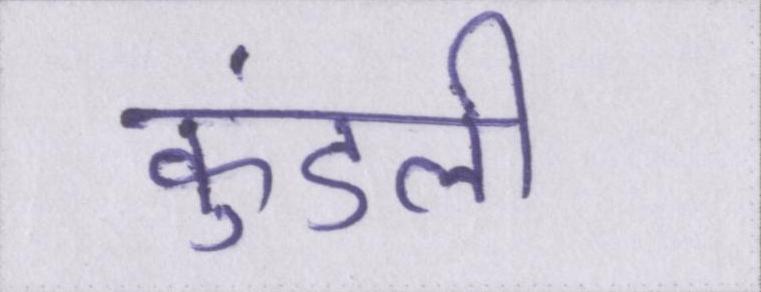
कुंडली